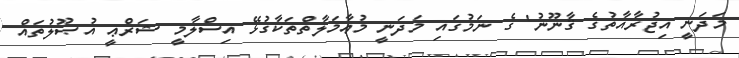
މަދަނީ އިޖުރާއާތުގެ ޤާނޫނު' ގެ ނަމުގައި މަދަނީ މުޢާމަލާތްތަކާގުޅޭ އިސްލާމީ ޝަރްޢީ އުޞޫލުތައް